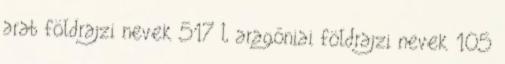
arab földrajzi nevek‎ 517 L aragóniai földrajzi nevek‎ 105